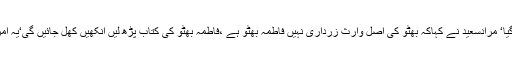
پیپلز پارٹی کے دور میں پی آئی اے کا بیڑاغرق ہوگیا‘ مرادسعید نے کہاکہ بھٹو کی اصل وارث زرداری نہیں فاطمہ بھٹو ہے ،فاطمہ بھٹو کی کتاب پڑھ لیں آنکھیں کھل جائیں گی‘یہ امریکا سے ڈرون کرواتے اور یہاں مذمت کرتے ہیں۔